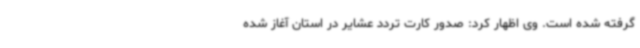
گرفته شده است. وی اظهار کرد: صدور کارت تردد عشایر در استان آغاز شده